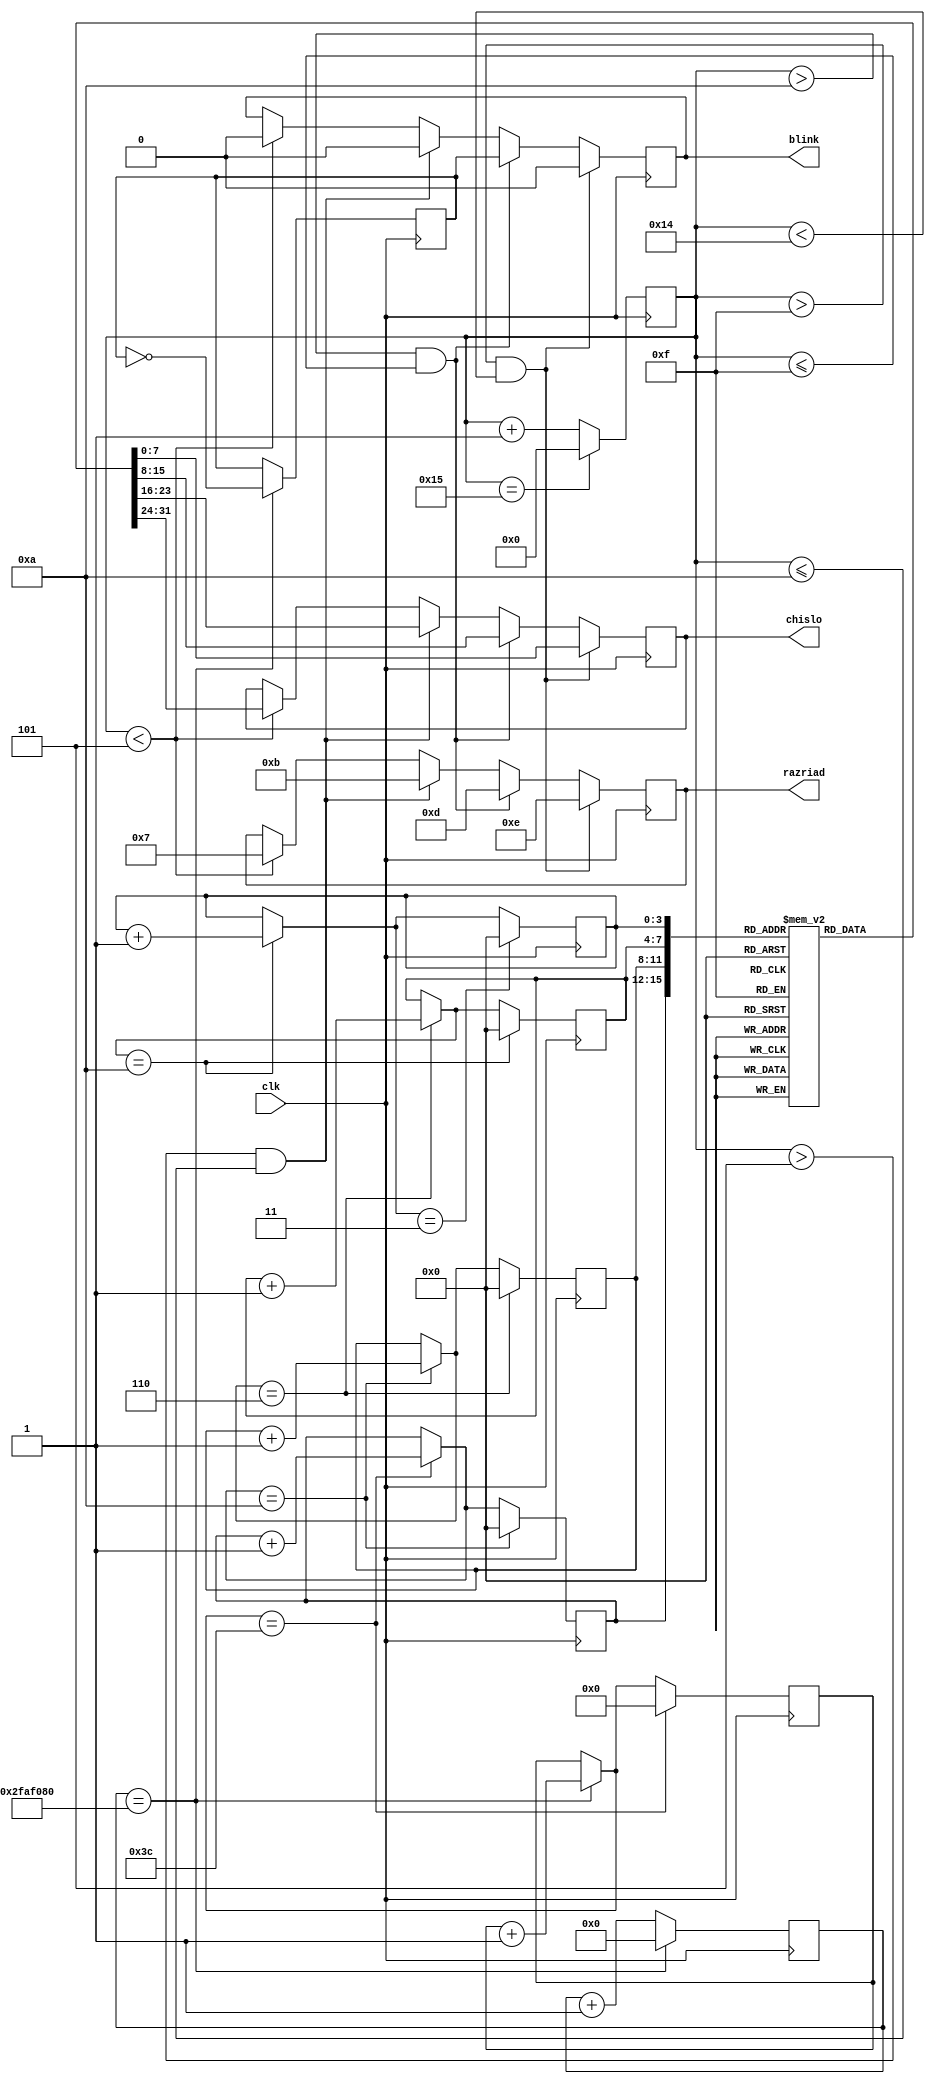
module casi(
			input clk,     //тактовые импульсы
			output reg blink,  // мигание точками раз в секунду
			output reg [7:0] chislo,  // выходной регистр одной цифры
			output reg [3:0] razriad); // выходной регистр для земли разряда
/*
1 = 01000100
2 = 10011101
3 = 11010101
4 = 11000110
5 = 11010011
6 = 11011011
7 = 01000101
8 = 11011111
9 = 11000111
0 = 01011111
*/			
reg [4:0]timer;        //счётчик для динамической индикации
reg [25:0]timer2;	   //счётчик одной минуты
reg [5:0]minuta;	   //счётчик 60-ти минут
reg [7:0]chisla[0:9];  //массив всех цифр индикатора
reg [3:0]chet1;		   //регистр для правой цифры
reg [3:0]chet2;
reg [3:0]chet3;
reg [3:0]chet4;		   //регистра для левой цифры
reg blinkk;  			// мигание точками раз в секунду
initial begin          // запись в массив всех цифр
	chisla[0] = 8'b01011111;     
	chisla[1] = 8'b01000100;
	chisla[2] = 8'b10011101;
	chisla[3] = 8'b11010101;
	chisla[4] = 8'b11000110;
	chisla[5] = 8'b11010011;
	chisla[6] = 8'b11011011;
	chisla[7] = 8'b01000101;
	chisla[8] = 8'b11011111;
	chisla[9] = 8'b11000111;
	chet1 = 0;       // установка времени
	chet2 = 4;
	chet3 = 2;
	chet4 = 1;
end

always @(posedge clk) begin    // блок динамической индикации
	timer <= timer + 1'd1;
	if (timer < 5) begin          // засвет правой цифры
		chislo = chisla[chet1];
		blink = 0;
		razriad = 4'b0111;
	end
	if (timer > 5 && timer <= 10) begin
		chislo = chisla[chet2];
		blink = 0;
		razriad = 4'b1011;
	end
	if (timer > 10 && timer <= 15) begin
		chislo = chisla[chet3];
		blink = blinkk;
		razriad = 4'b1101;
	end
	if (timer > 15 && timer < 20) begin   // засвет левой цифры
		chislo = chisla[chet4];
		blink = 0;
		razriad = 4'b1110;
	end
	if (timer == 21)
		timer <= 0;
end	

always @(posedge clk) begin    //блок вычисления времени
	timer2 <= timer2 + 1'd1;
	if (timer2 == 50000000) begin
		blinkk <= ~blinkk;
		minuta = minuta + 1'b1;
	end
		
	if (minuta == 60) begin
		minuta = 0;
		chet1 = chet1 + 1'd1;
	end
	
	if (chet1 == 10) begin
		chet1 = 0;
		chet2 = chet2 + 1'b1;
	end
	
	if (chet2 == 6) begin
		chet2 = 0;
		chet3 = chet3 + 1'b1;
	end
	
	if (chet3 == 10) begin
		chet3 = 0;
		chet4 = chet4 + 1'b1;
	end
	
	if (chet4 == 3) begin
		chet4 = 0;
	end
		
		
	if (timer2 == 50000000)
		timer2 <= 0;
end
		
endmodule